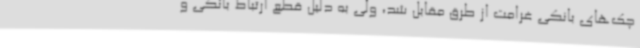
چک‌های بانکی غرامت از طرق مقابل شد، ولی به دلیل قطع ارتباط بانکی و